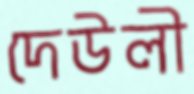
দেউলী